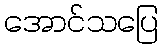
အောင်သပြေ